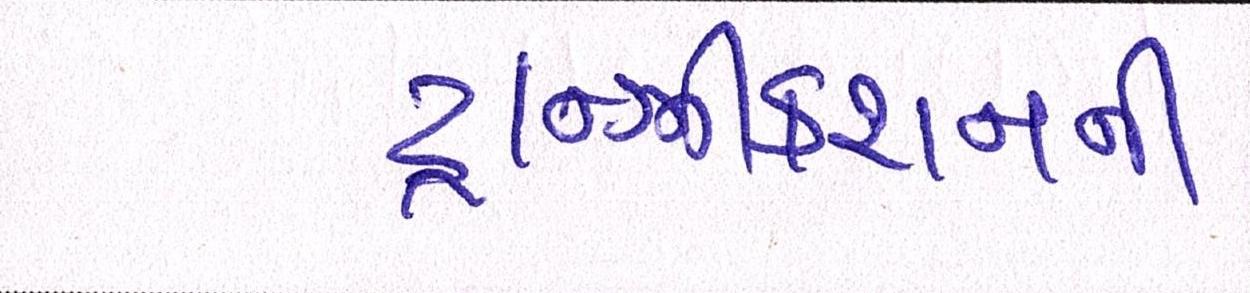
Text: ટ્રાન્ઝીકશનની